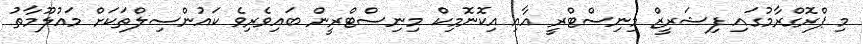
މި ޕްރޮގްރާމުގައި ފިޝަރީޒް މިނިސްޓްރީ އާއި އިކޮނޮމިކް މިނިސްޓްރީން ބައިވެރިވެ ކައުންސިލްތަކަށް މައުލޫމާތު